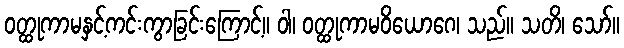
ဝတ္ထုကာမနှင့်ကင်းကွာခြင်းကြောင့်။ ဝါ၊ ဝတ္ထုကာမဝိယောဂေ၊ သည်။ သတိ၊ သော်။